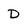
Character: D